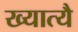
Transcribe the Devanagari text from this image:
ख्यात्यै